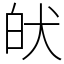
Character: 𤝡